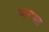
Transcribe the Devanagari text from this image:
व्यवसास